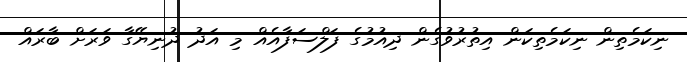
ނިކަމެތިން ނިކަމެތިކަން އިތުރުވުގެން ދިއުމުގެ ފަލްސަފާއެއް މި އަދު ދުނިޔޭގާ ވަރަށް ބާރައް